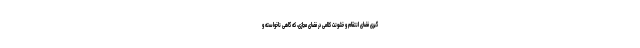
گیری فضای انتقام و خشونت کلامی در فضای مجازی، که گاهی ناخواسته و